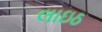
લાઇઠ